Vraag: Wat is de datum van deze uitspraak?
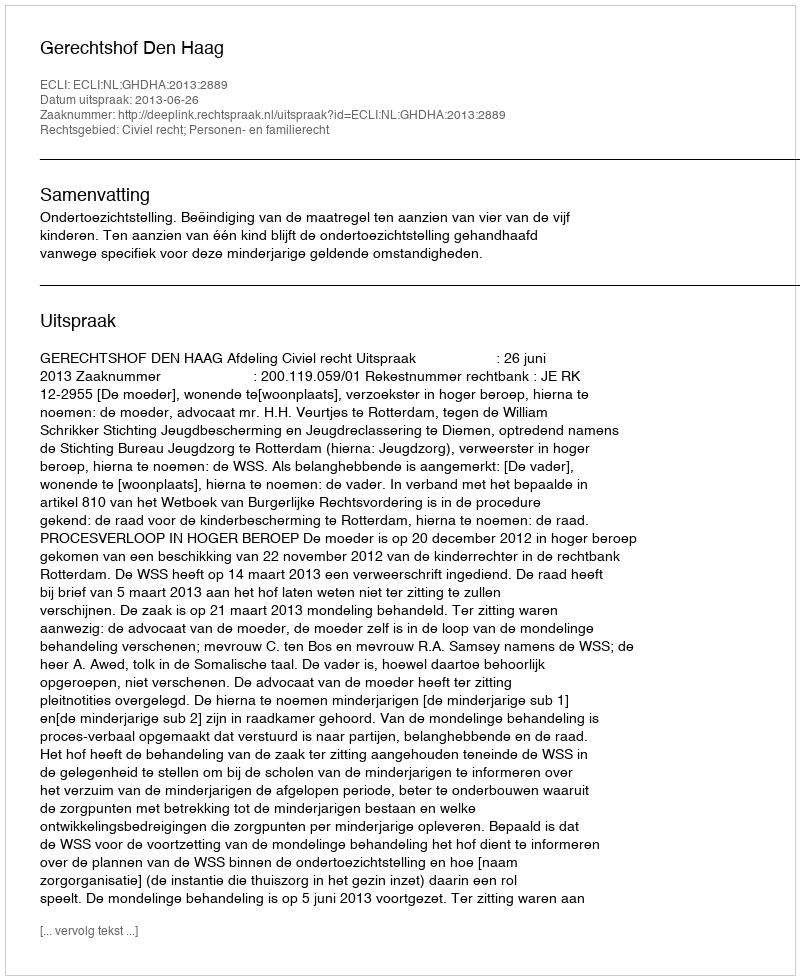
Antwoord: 2013-06-26